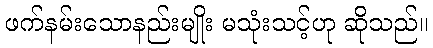
ဖက်နမ်းသောနည်းမျိုး မသုံးသင့်ဟု ဆိုသည်။